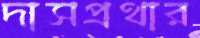
দাসপ্রথার